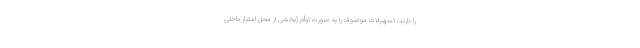
را دارند، تسهیلات موصوف را به صورت توأم (بخشی از محل اعتبار داخلی